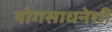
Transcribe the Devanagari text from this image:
योगसाधनेशी